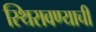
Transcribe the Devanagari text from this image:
स्थिरावण्याची